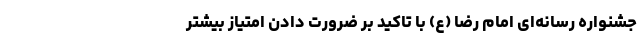
جشنواره رسانه‌ای امام رضا (ع) با تاکید بر ضرورت دادن امتیاز بیشتر